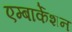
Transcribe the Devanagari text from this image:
एम्बार्केशन